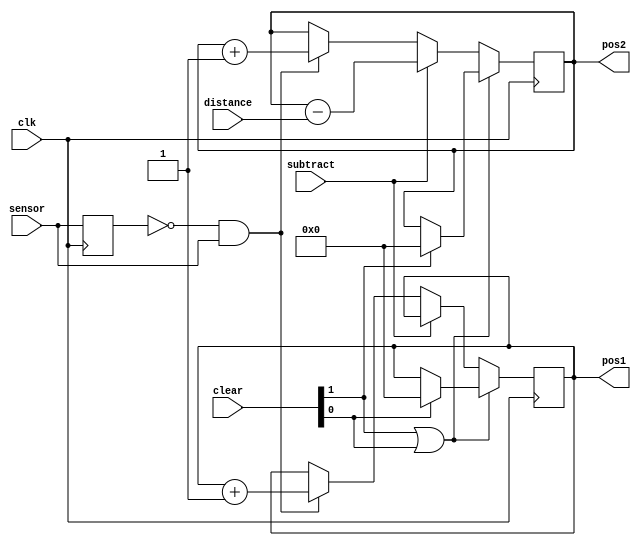
module posCounter (
   input  wire        clk,
   output reg  [15:0] pos1,     // Use for speed calculation
   output reg  [15:0] pos2,     // Use for position control
   input  wire        sensor,   // Sensor input signal
   input  wire [1:0]  clear,    // clear[0] for pos1, clear[1] for pos2
   input  wire        subtract, // subtract distance from pos2
   input  wire [15:0] distance  // Ammount to reduce pos2 when subtract is true
);

   reg sensor_prev;

   initial begin
      pos1        = 16'b0;
      pos2        = 16'b0;
      sensor_prev =  1'b0;
   end

   always @ (posedge clk) begin
      if (clear[1] | clear[0]) begin
         if (clear[0]) pos1 <= 16'b0;
         if (clear[1]) pos2 <= 16'b0;
      end else if (subtract) begin
         pos2 <= pos2 - distance;
      end else if (~sensor_prev & sensor) begin
         pos1 <= pos1 + 1'b1;
         pos2 <= pos2 + 1'b1;
      end

      sensor_prev <= sensor;
   end
endmodule